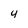
Character: 4